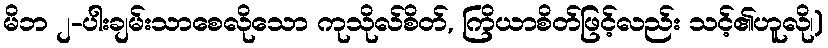
မိဘ ၂-ပါးချမ်းသာစေလိုသော ကုသိုလ်စိတ်, ကြိယာစိတ်ဖြင့်လည်း သင့်၏ဟူလို၊)